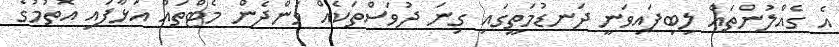
އެ ގެއްލުންތައް ލިބިފައިވަނީ ދަނޑުމަތީގައި ގިނަ ދުވަސްތަކެއް ވަންދެން މެޓްތައް އަޅާފައި އޮތުމުގެ